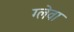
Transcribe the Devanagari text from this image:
ग्लेवा